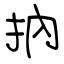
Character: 抐